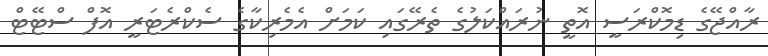
ރާއްޖޭގެ ޑިމޮކްރަސީ އޮތީ ނުރައްކަލުގެ ތެރޭގައި ކަމަށް އެމެރިކާގެ ސެކްރެޓަރީ އޮފް ސްޓޭޓް